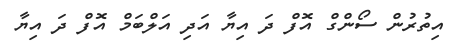
އިތުރުން ސޯންގް އޮފް ދަ އިޔާ އަދި އަލްބަމް އޮފް ދަ އިޔާ